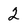
Character: 2